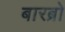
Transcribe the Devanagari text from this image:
बारब्रो